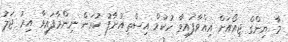
މާ ޔިންގް ޖިއޯއަށް އިއްވާފައިވާ ހުކުމް އިސްތިއުނާފު ކުރަން ނިންމާފައިވާ އިރު ޖަލު